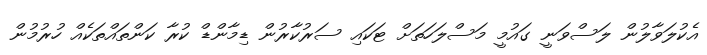
އެކުލަވާލުން ލަސްވަނީ ގައުމީ މަސްލަހަތަށް ޓަކައި ސަރުކާރުން ޑިމާންޑް ކުރާ ކަންތައްތަކެއް ހުރުމުން